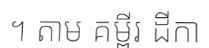
។ តាម គម្ពីរ ដីកា